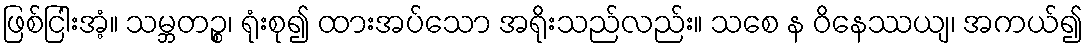
ဖြစ်ငြါးအံ့။ သမ္ဘတဉ္စ၊ ရုံးစု၍ ထားအပ်သော အရိုးသည်လည်း။ သစေ န ဝိနေဿယျ၊ အကယ်၍